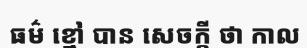
ធម៌ ខ្មៅ បាន សេចក្តី ថា កាល